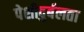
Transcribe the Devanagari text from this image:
पेशीदुर्बलता